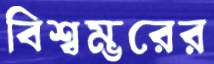
বিশ্বম্ভরের